Lunatic asylums United Provinces 1909-1921 - 1909-1921
Year: 1909
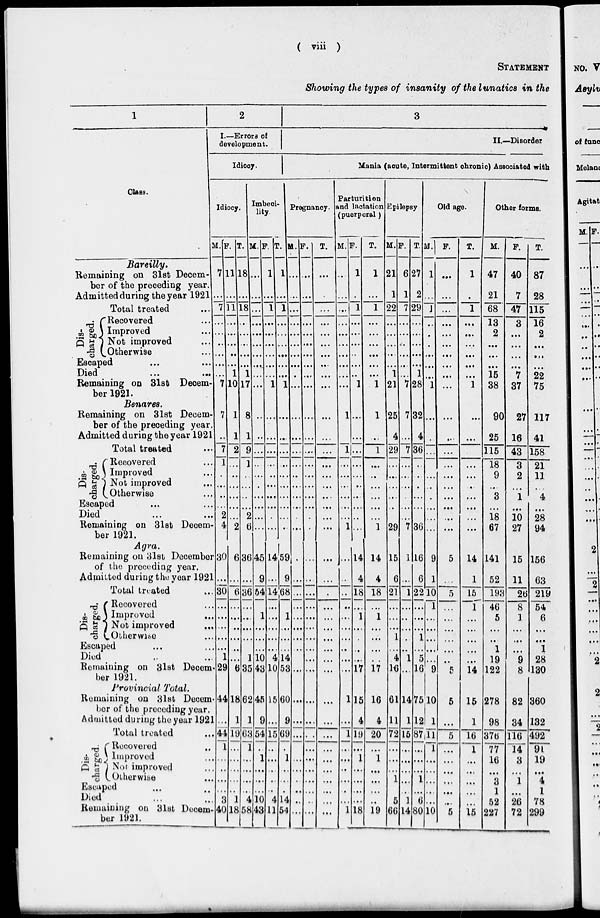
(
viii
)
STATEMENT
Showing the types of insanity of the lunatics in the
1
Class.
Bareilly.
Remaining on 31st Decem-
ber of the preceding year.
Admitted during the year 1921 .
Total treated ...
Dis-
charged.
Recovered ...
Improved ...
Not improved ...
Otherwise ...
Escaped ... ...
Died
...
...
Remaining on 31st Decem-
ber 1921.
Benares.
Remaining on 31st Decem-
ber of the preceding year.
Admitted during the year 1921
Total treated ...
Dis-
charged.
Recovered ...
Improved ...
Not improved ...
Otherwise ...
Escaped ... ...
Died ... ...
Remaining on 31st Decem-
ber 1921.
Agra.
Remaining on 31st December
of the preceding year.
Admitted during the year 1921
Total treated ...
Dis-
charged.
Recovered ...
Improved ...
Not improved ...
Otherwise ...
Escaped ... ...
Died ... ...
Remaining on 31st Decem-
ber 1921.
Provincial Total.
Remaining on 31st Decem-
ber of the preceding year.
Admitted during the year 1921
Total treated ...
Dis-
charged.
Recovered ...
Improved ...
Not improved ...
Otherwise ...
Escaped ... ...
Died ... ...
Remaining on 31st Decem-
ber 1921.
2
I.—Errors of
development.
Idiocy.
Idiocy.
M.
7
...
7
...
...
..
...
...
...
7
7
..
7
1
.
...
...
...
2
4
30
...
3
...
...
...
...
...
1
29
44
...
44
1
...
...
...
...
3
40
F.
11
...
11
...
...
...
...
...
1
10
1
1
2
...
...
...
...
...
...
2
6
...
6
...
...
...
...
...
...
6
18
1
19
...
...
...
...
...
1
18
T.
18
...
18
...
...
...
...
...
1
17
8
1
9
...
...
...
...
...
2
6
36
...
36
...
...
...
...
...
1
35
62
1
63
1
...
...
...
...
4
58
Imbeci-
lity.
M
...
...
...
...
...
...
...
...
...
...
..
..
...
...
...
...
...
...
...
...
45
9
54
1
...
...
...
10
43
45
9
54
...
1
...
...
...
10
43
F.
1
...
1
...
...
...
...
...
...
1
...
...
...
...
...
...
...
...
.
...
14
...
14
...
...
...
...
...
4
10
15
...
15
...
...
...
...
...
4
11
T.
1
...
1
...
...
...
...
...
...
1
...
...
...
...
...
...
...
...
...
...
59
9
68
...
...
...
...
14
53
60
9
69
.
1
...
...
.
14
54
3
II.—Disorder
Mania (acute, Intermittent chronic) Associated with
Pregnancy.
M.
...
...
...
...
...
...
...
...
.
...
...
...
...
...
...
...
...
...
...
...
...
...
...
...
...
...
...
...
...
...
...
...
...
...
...
...
...
...
...
...
F.
...
...
...
...
...
...
...
...
...
...
...
...
...
...
...
...
...
...
...
...
...
...
...
...
...
...
...
...
...
...
...
...
...
...
...
...
...
...
...
...
T.
...
...
...
...
...
...
...
...
...
...
...
...
...
...
...
...
...
...
...
...
...
...
.
...
...
...
...
...
...
...
...
...
...
...
...
...
...
...
...
...
Parturition
and lactation
(puerperal)
M.
...
...
...
...
...
...
...
...
...
...
1
1
...
...
...
...
...
...
1
...
..
..
..
...
...
...
...
...
...
1
...
1
...
...
...
...
..
...
1
F.
1
.
1
...
...
...
...
...
..
1
...
...
...
...
...
..
...
...
...
...
14
4
18
...
1
...
.
...
...
17
15
4
19
...
1
...
...
...
...
18
T.
1
...
1
...
...
...
...
...
...
1
1
...
1
...
...
...
...
...
...
1
14
4
18
...
1
...
...
...
..
17
16
4
20
...
1
...
...
...
...
19
Epilepsy
M.
21
1
22
...
...
...
...
...
1
21
25
4
29
...
...
...
...
...
...
29
15
6
21
...
...
...
1
...
4
16
61
11
72
...
...
...
1
...
5
66
F.
6
1
7
...
...
...
...
...
...
7
7
...
7
...
...
...
...
...
...
7
1
...
1
...
...
...
.
...
1
...
14
1
15
...
...
...
...
...
1
14
T.
27
2
29
...
...
...
...
...
1
28
32
4
36
...
...
.
...
...
...
36
16
6
22
...
...
...
...
...
5
1
75
12
87
...
...
...
...
...
6
80
Old age.
M.
1
...
1
...
.
.
...
...
...
1
...
..
...
...
..
.
...
...
...
9
1
10
1
...
...
...
...
...
9
10
1
11
...
...
...
...
...
...
10
F.
...
...
...
...
...
...
...
...
...
...
...
...
...
...
...
...
...
...
...
...
5
...
5
...
...
...
...
...
..
5
5
...
5
...
...
...
...
...
...
5
T.
1
.
1
...
...
...
...
...
...
1
..
...
...
...
...
...
...
...
...
...
14
1
15
1
...
...
...
...
...
14
15
1
16
1
...
...
...
...
15
Other forms.
M.
47
21
68
13
2
...
...
...
15
38
90
25
115
18
9
...
3
...
18
67
141
52
193
46
5
...
...
1
19
122
278
98
376
77
16
...
3
1
52
227
F.
40
7
47
3
...
...
...
...
7
37
27
16
43
3
2
...
1
...
10
27
15
11
26
8
1
...
...
...
9
8
82
34
116
14
3
...
1
...
26
72
T.
87
28
115
16
2
...
...
...
22
75
117
41
158
21
11
...
4
...
28
94
156
63
219
54
6
...
...
1
28
130
360
132
492
91
19
...
4
1
78
299